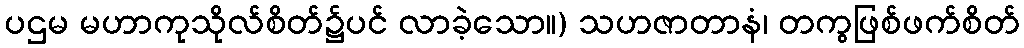
ပဌမ မဟာကုသိုလ်စိတ်၌ပင် လာခဲ့သော။) သဟဇာတာနံ၊ တကွဖြစ်ဖက်စိတ်